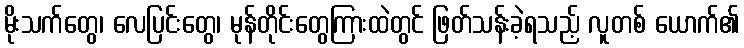
မိုးသက်တွေ၊ လေပြင်းတွေ၊ မုန်တိုင်းတွေကြားထဲတွင် ဖြတ်သန်းခဲ့ရသည့် လူတစ် ယောက်၏